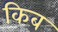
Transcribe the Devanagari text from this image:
किब